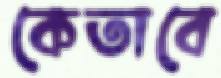
কেতাবে